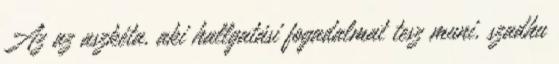
Az az aszkéta, aki hallgatási fogadalmat tesz muni, szadhu